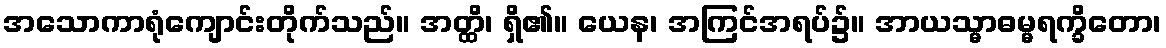
အသောကာရုံကျောင်းတိုက်သည်။ အတ္ထိ၊ ရှိ၏။ ယေန၊ အကြင်အရပ်၌။ အာယသ္မာဓမ္မရက္ခိတော၊